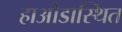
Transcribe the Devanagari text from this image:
हाओडास्थित